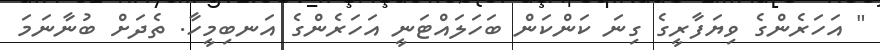
" އަހަރެންގެ ވިޔަފާރީގެ ގިނަ ކަންކަން ބަހަލައްޓަނީ އަހަރެންގެ އަނބިމީހާ. ތެދަށް ބުނާނަމަ